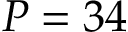
P = 3 4